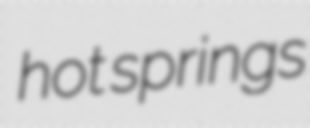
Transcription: hot springs